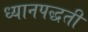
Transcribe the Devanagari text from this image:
ध्यानपद्धती